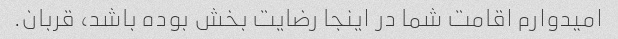
امیدوارم اقامت شما در اینجا رضایت بخش بوده باشد، قربان.